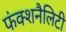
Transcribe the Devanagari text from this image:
फंक्शनैलिटी